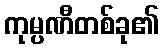
ကုမ္ပဏီတစ်ခု၏